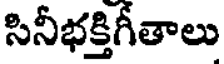
సినీభక్తిగీతాలు